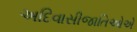
અદિવાસીજાતિઓએ